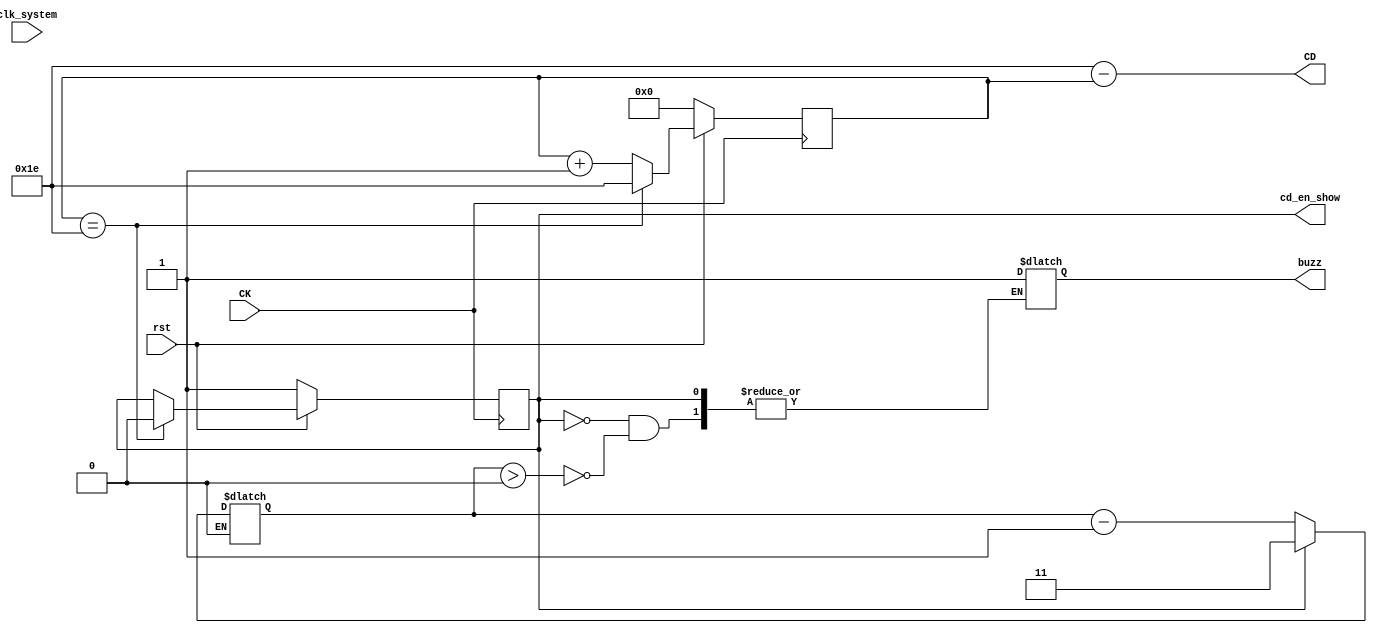
`timescale 1ns / 1ps
//////////////////////////////////////////////////////////////////////////////////
// Company: 
// Engineer: 
// 
// Design Name: 
// Module Name: countdown
// Project Name: 
// Target Devices: 
// Tool Versions: 
// Description: 
// 
// Dependencies: 
// 
// Revision:
// Revision 0.01 - File Created
// Additional Comments:
// 
//////////////////////////////////////////////////////////////////////////////////

module countdown
(input CK, //1Hz clock
input clk_system//system 500MHz clock
,input rst //reset
,output[4:0]CD//CountDown
,output cd_en_show, //bool for countdown status
output reg buzz //buzzer
);
parameter[4:0]cd=5'd30;//Define a parameter which can be modified when called
reg[4:0]dif=0;//Difference
reg set;
reg [1:0] delay = 2'b11;
reg cd_en;
assign cd_en_show = cd_en;
//cd_alert(clk_system, rst, set,buzz);
      always @ (clk_system)
      begin
//        if(set == 1) begin
//            set <= 0;
//        end
        if(cd_en == 0) begin
            if(delay > 0) begin
            buzz <= 1;end
            delay <= delay - 1;
        end
        else if (cd_en == 1) begin
            delay <= 2'b11;
        end
      end

always@(posedge CK) begin
if(~rst) begin
    dif <= 0;
    cd_en <= 1; end
else begin
if(dif==cd) begin
	dif<=5'd30;
	cd_en <= 0; end
else 
	dif<=dif+1;
end
end
assign CD=cd-dif;

endmodule